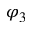
\varphi _ { 3 }